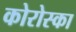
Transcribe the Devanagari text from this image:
कोरोस्का